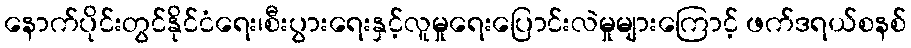
နောက်ပိုင်းတွင်နိုင်ငံရေး၊စီးပွားရေးနှင့်လူမှုရေးပြောင်းလဲမှုများကြောင့် ဖက်ဒရယ်စနစ်